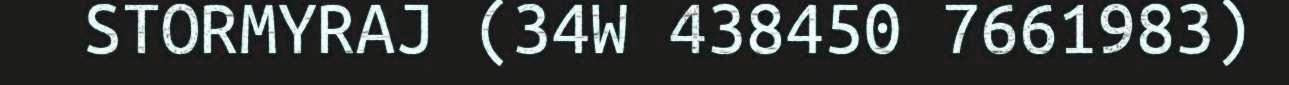
STORMYRAJ (34W 438450 7661983)